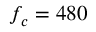
f _ { c } = 4 8 0